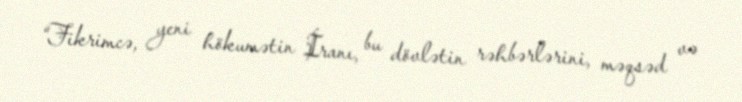
“Fikrimcə, yeni hökumətin İranı, bu dövlətin rəhbərlərini, məqsəd və